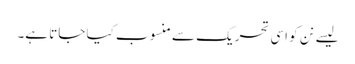
لیسے نن کو اسی تحریک سے منسوب کیا جاتا ہے۔